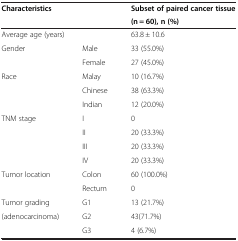
| <COLSPAN=2> Characteristics | Subset of paired cancer tissue |
 | <COLSPAN=2>  | (n?=?60), n (%) |
 | --- | --- | --- |
 | <COLSPAN=2> Average age (years) | 63.8?±?10.6 |
 | Gender | Male | 33 (55.0%) |
 |  | Female | 27 (45.0%) |
 | Race | Malay | 10 (16.7%) |
 |  | Chinese | 38 (63.3%) |
 |  | Indian | 12 (20.0%) |
 | TNM stage | I | 0 |
 |  | II | 20 (33.3%) |
 |  | III | 20 (33.3%) |
 |  | IV | 20 (33.3%) |
 | Tumor location | Colon | 60 (100.0%) |
 |  | Rectum | 0 |
 | Tumor grading | G1 | 13 (21.7%) |
 | (adenocarcinoma) | G2 | 43(71.7%) |
 |  | G3 | 4 (6.7%) |